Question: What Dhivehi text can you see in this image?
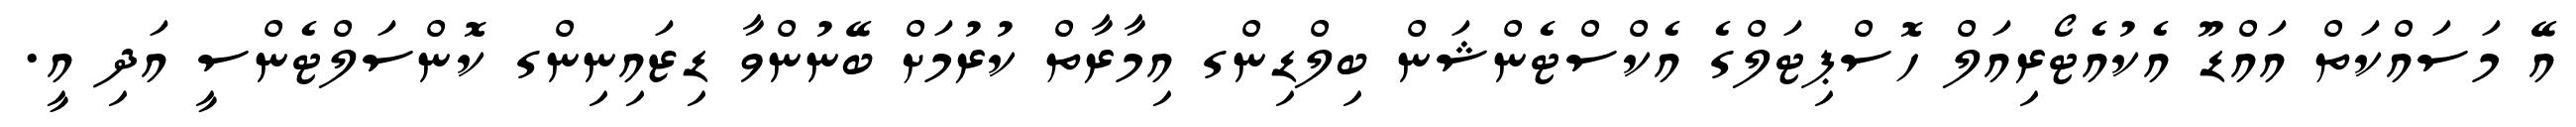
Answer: އޭ މަސައްކަތް އައްޑޫ އެކުއެޓޯރިއަލް ހޮސްޕިޓަލްގެ އެކްސްޓެންޝަން ބިލްޑިންގ އިމާރާތް ކުރުމަށް ބޭނުންވާ ޑިޒައިނިންގ ކޮންސަލްޓެންސީ އަދި އީ.